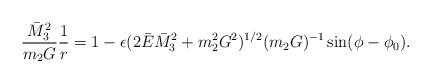
LaTeX: \begin{align*}\frac{\bar{M}_{3}^{2} }{m_{2}G} \frac{1}{r} = 1 -\epsilon (2\bar{E} \bar{M}_{3}^{2} + m_{2}^{2}G^{2})^{1/2} (m_{2}G)^{- 1}\sin (\phi - \phi_{0} ).\end{align*}